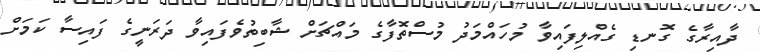
ދާއިރާގެ ގޮނޑި ގެއްލިފައިވާ މުހައްމަދު މުސްތޮފާގެ މައްޗަށް ޝާބިތުވެފައިވާ ދަރަނީގެ ފައިސާ ކަމަށް